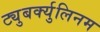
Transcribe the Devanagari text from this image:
ट्युबर्क्युलिनम